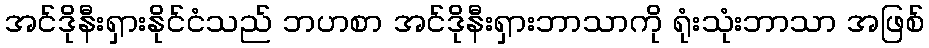
အင်ဒိုနီးရှားနိုင်ငံသည် ဘဟစာ အင်ဒိုနီးရှားဘာသာကို ရုံးသုံးဘာသာ အဖြစ်